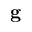
\mathbf { g }